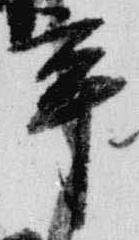
辛